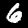
Digit: 6